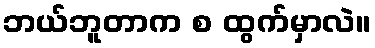
ဘယ်ဘူတာက စ ထွက်မှာလဲ။